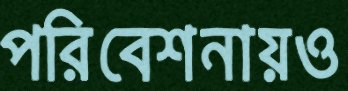
পরিবেশনায়ও